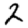
Digit: 2